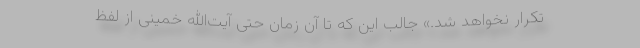
تکرار نخواهد شد.» جالب این که تا آن زمان حتی آیت‌الله خمینی از لفظ